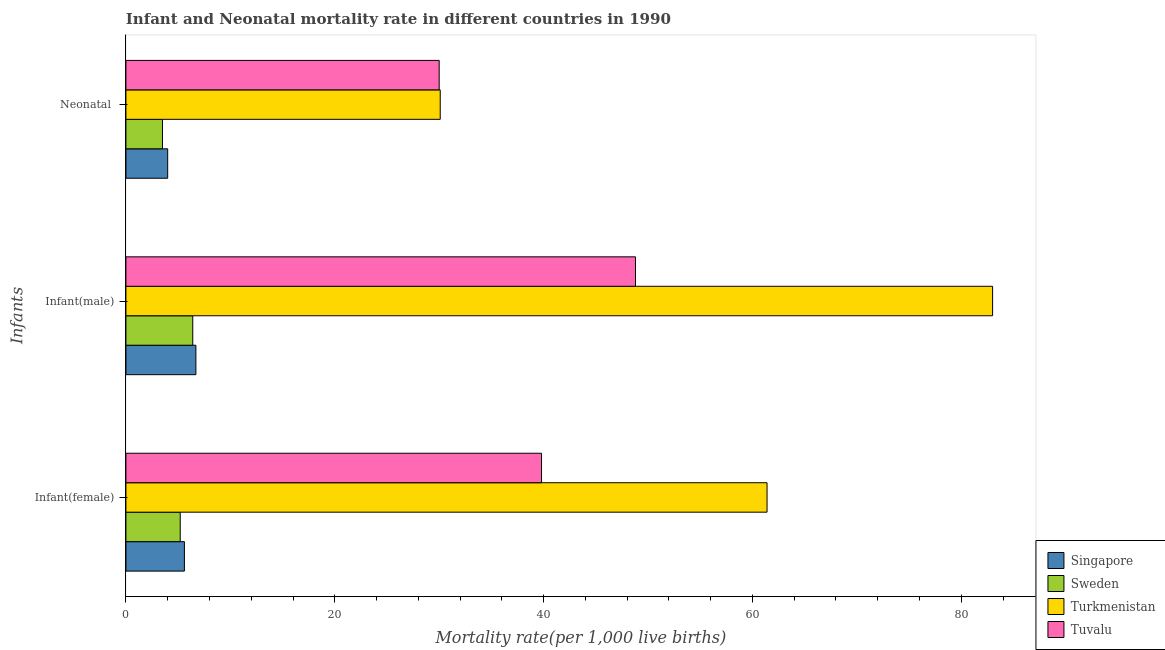
| Infants | Singapore | Sweden | Turkmenistan | Tuvalu |
 | --- | --- | --- | --- | --- |
 | Infant(female) | 5.6 | 5.2 | 61.4 | 39.8 |
 | Infant(male) | 6.7 | 6.4 | 83 | 48.8 |
 | Neonatal  | 4 | 3.5 | 30.1 | 30 |